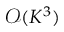
\mathcal { O } ( K ^ { 3 } )